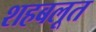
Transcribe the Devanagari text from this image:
शहबलूत